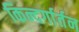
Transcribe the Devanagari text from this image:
किन्दर्गार्तन